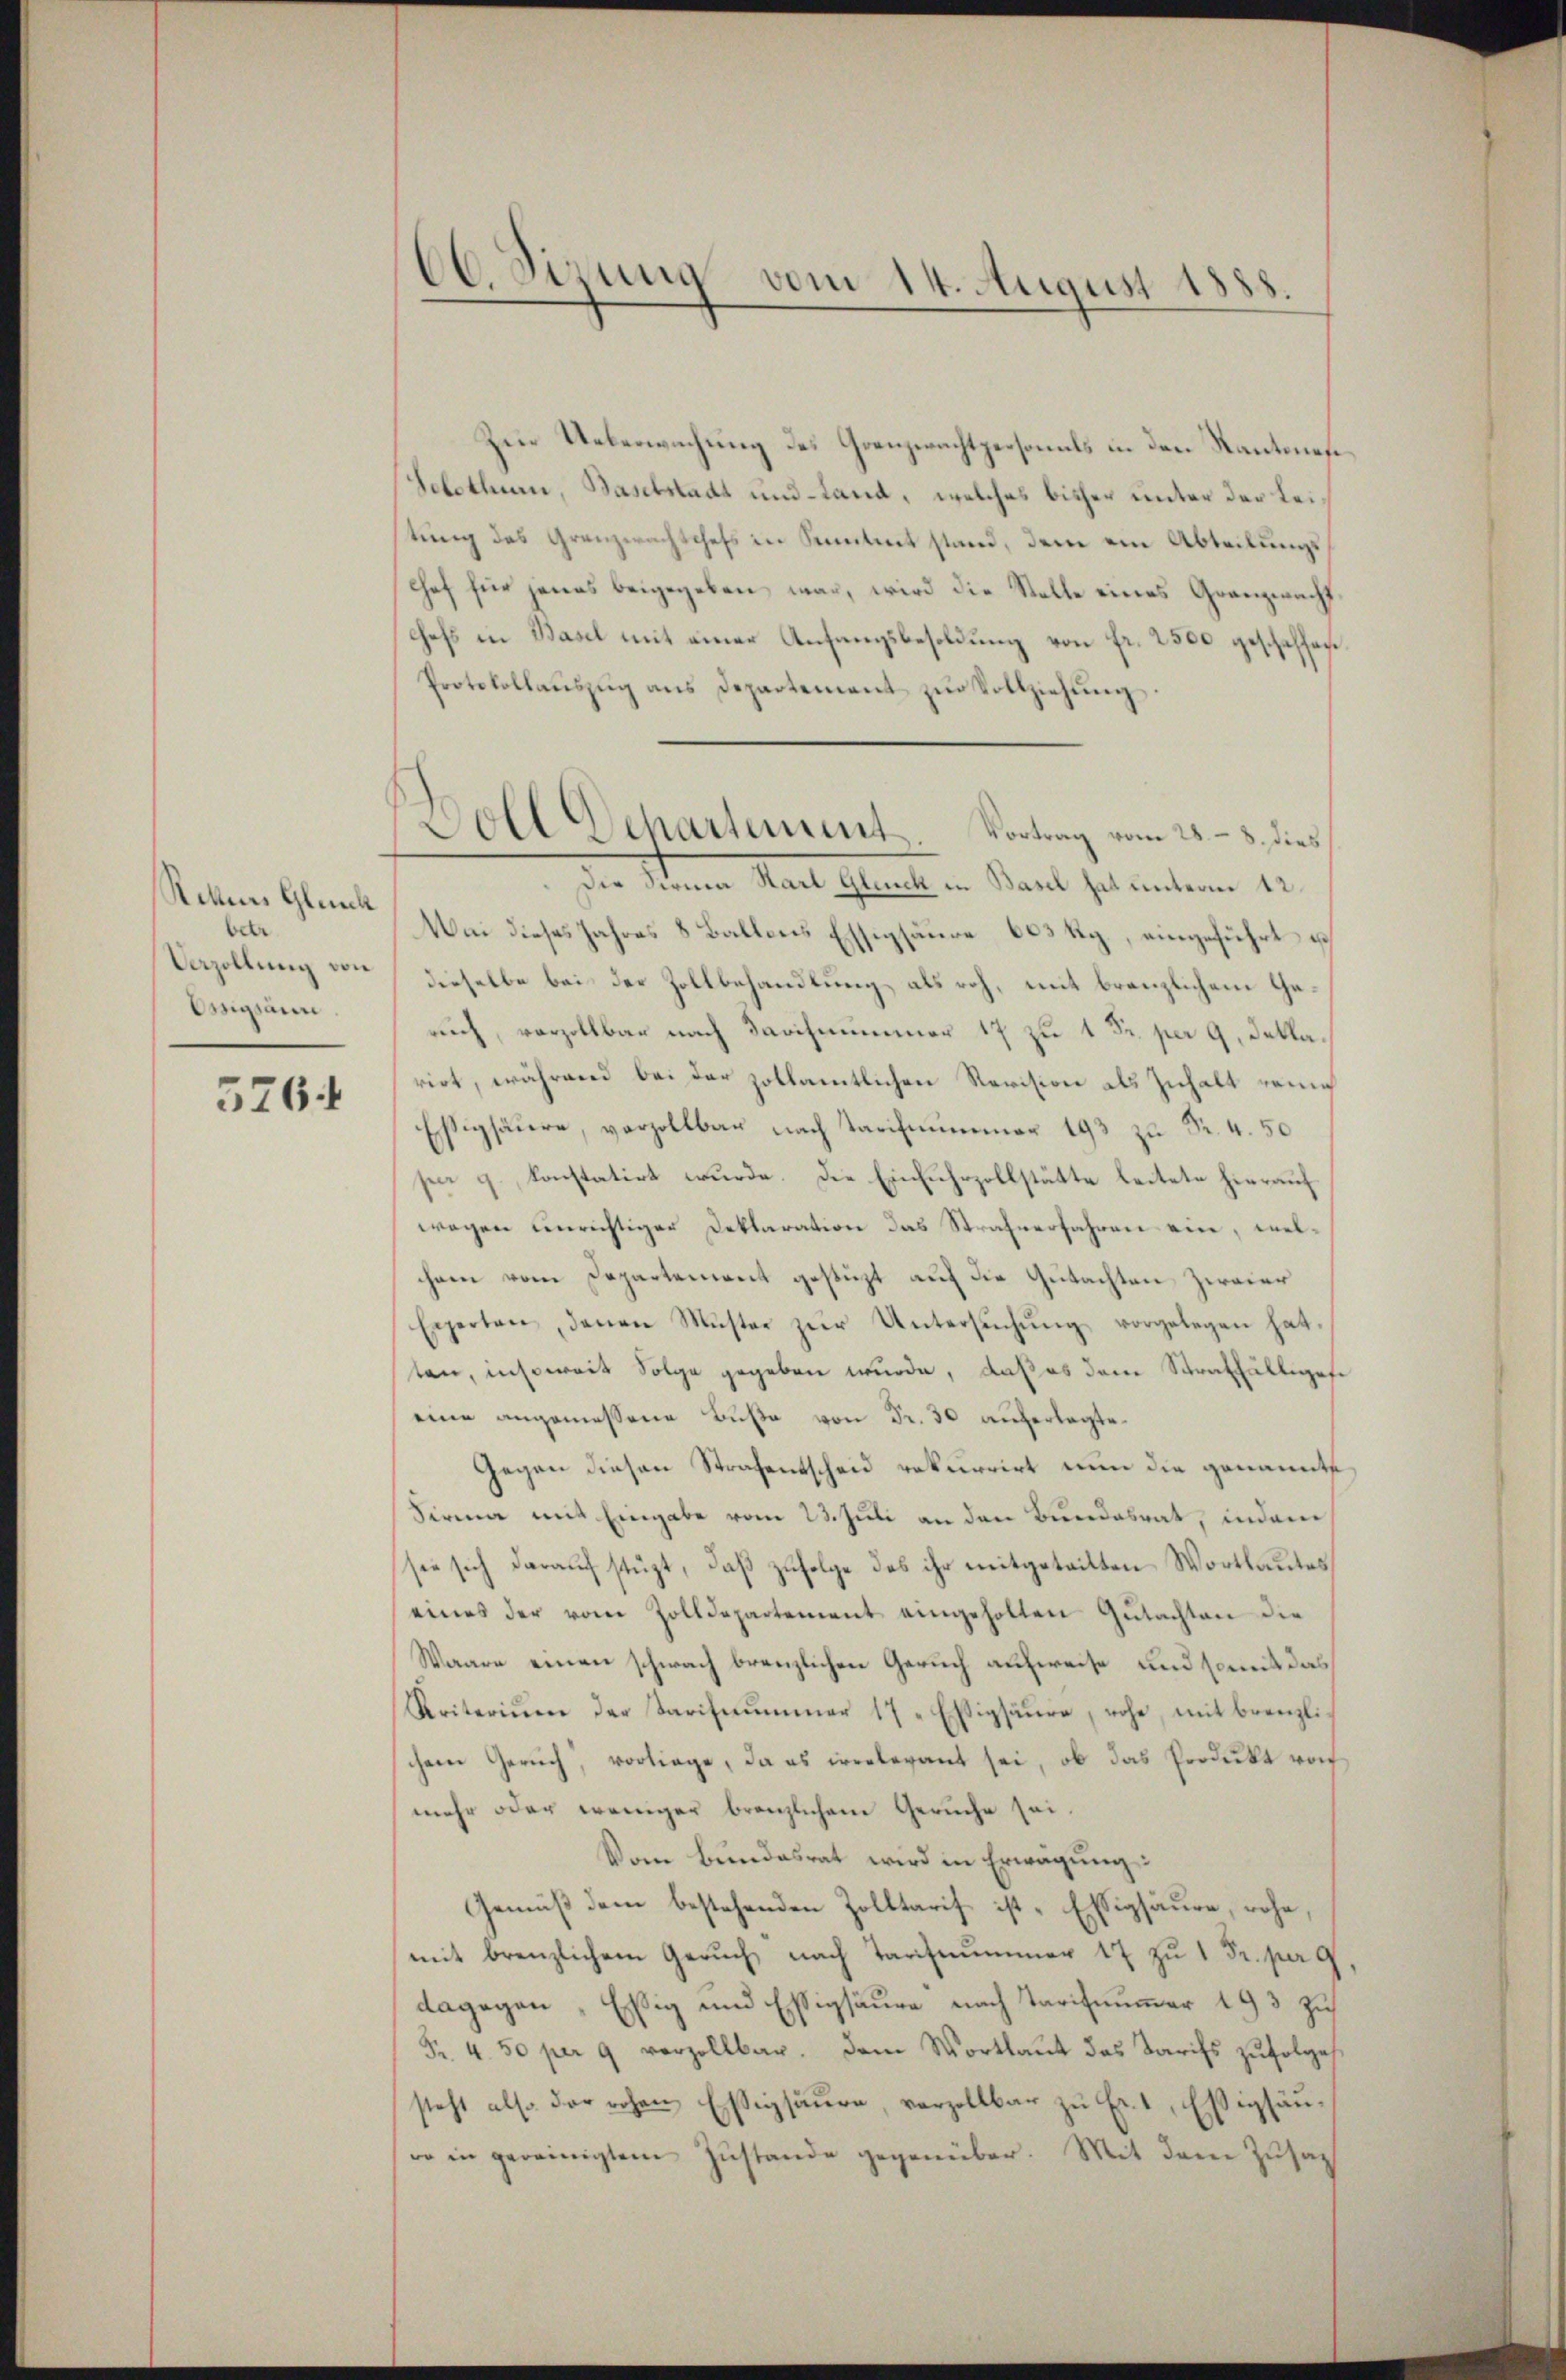
Rettens Gleich
betr
Essigann.

5764

66. Sirung vom 14. August 1888.

Zur Ueberwachung des Grenzerachtpersonals in den Kantones
Solothur, Baselstadt und -Land, welches bisher unter der Leitung des Grenzwachtchefs in Seitet stand, dem ein Abteilungs¬
Chef für jenes beigegeben war, wird die Stelle eines Granzwacht.
chefs in Basel mit einer Anfangsbesoldung von fr. 2500 geschaffen.
Protokollaŭszŭg ans Departement zŭr Vollziehŭng.
Die Sanen Nach Glaube in Band hat unterm 12.
Wei dieses Jahres 8 Ballons Essigsäure 603 Rp., eingeführt u
Uezollung von dieselbe bei der Zollbehandlung, als roh, mit branzlichem Geruch, vorzollbar nach Tarihnummer 17 zu 1 Fr. per 9. Deklarirt, während bei der zollamtlichen Revision als Inhalt rein
Eßigsäure, vorzollbar nach Tarifmummer 193 zu Fr. 4. 50
pe g., konstatirt wurde. Die Einfuhrzollstätte leitete hierauf
wegen einrichtiger Deklaration das Strafverfahren ein, welchem vom Departement gestüzt auf die Gutachten Zweier
Experten, denen Muster zŭr Untersŭchŭng vorgelegen hat.
ten, insoweit Folge gegeben wurde, daß es dem Straffälliges
eine angemessene Buße von Fr. 30 auferlegte.
Gegen diesen Strafentscheid rekurrirt nun die genannte
Firma mit Eingabe vom 23. Juli an den Bundabrat, indem
sie sich darauf stüzt, daß zufolge das ihr mitgetritten Wortlautes
eines der vom Zolldepartement eingeholten Gŭtachten die
Waare einen schwach bränzlichen Geruch aufweise und somit das
Kriterium der Tarifsummer 17 Essigsäure, rohe, mit brenzlichem Gerich, vorliege, da es irrelevant sei, ob das Pordukt von
mehr oder weniger bränzlichem Geruche sei.
Vom Bundesrat wird in Erwägung:
Gemäß dem bestehenden Zolltarif ist Essigsäure, rohe,
(mit brenzlichem Geruch, nach Tarifnummer 17 zu 1 Fr. per 9,
dagegen " Essig und Essigsäure nach Tarifnummer 193 zu
Fr. 4. 50 per 9 verzollbar. Dem Wortlaut das Tarifs zŭfolge
steht also der rohen Essigsäure, vorzollbar zu Er. 1, Essighäuro in gereinigtem Zustande gegenüber. Mit dem Zusat

Doll Dehartement. Vortrag vom 28. – 3. dies